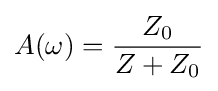
A(\omega )={\frac {Z_{0}}{Z+Z_{0}}}